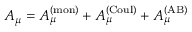
A _ { \mu } = A _ { \mu } ^ { ( \mathrm { m o n } ) } + A _ { \mu } ^ { ( \mathrm { C o u l } ) } + A _ { \mu } ^ { ( \mathrm { A B } ) }